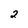
Character: 2